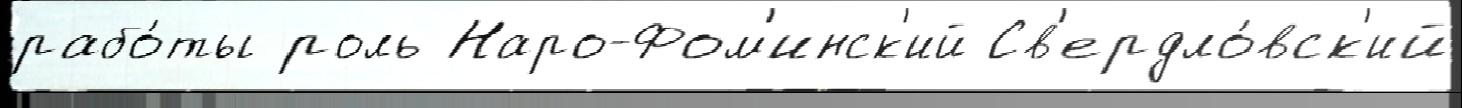
рабо́ты роль Наро-Фом'инск'ий Св'ердло́вск'ий